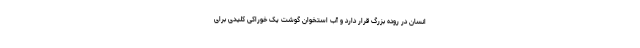
انسان در روده بزرگ قرار دارد و آب استخوان گوشت یک خوراکی کلیدی برای